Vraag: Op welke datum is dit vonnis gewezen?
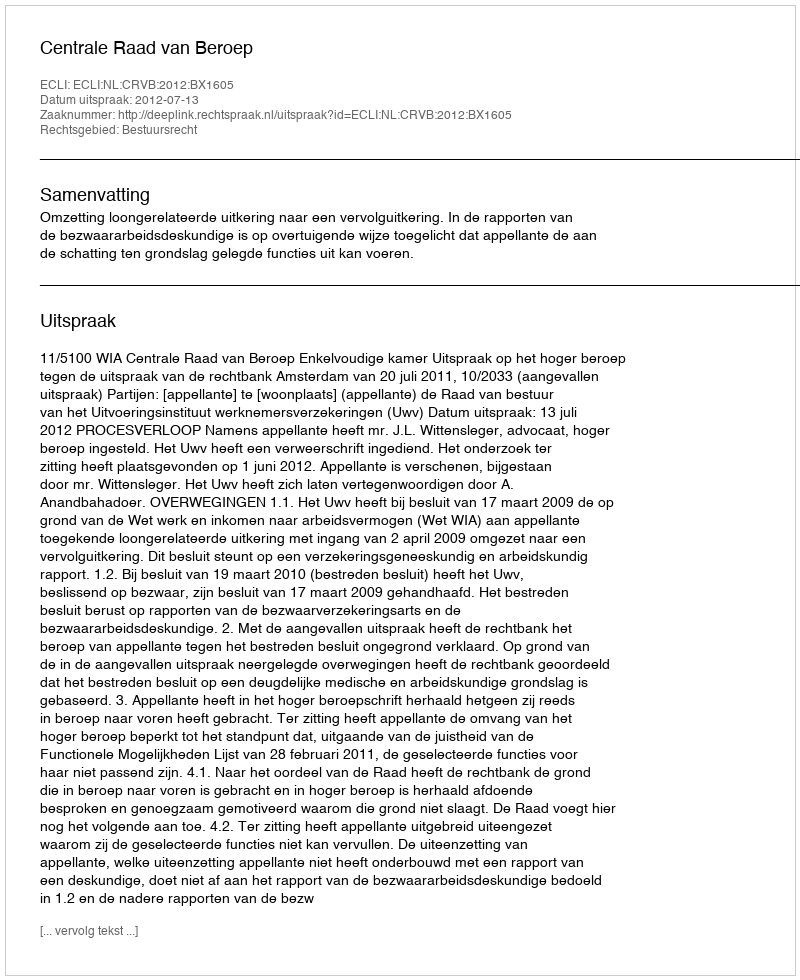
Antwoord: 2012-07-13